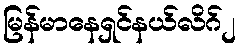
မြန်မာနေရှင်နယ်လိဂ်၂